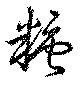
糖